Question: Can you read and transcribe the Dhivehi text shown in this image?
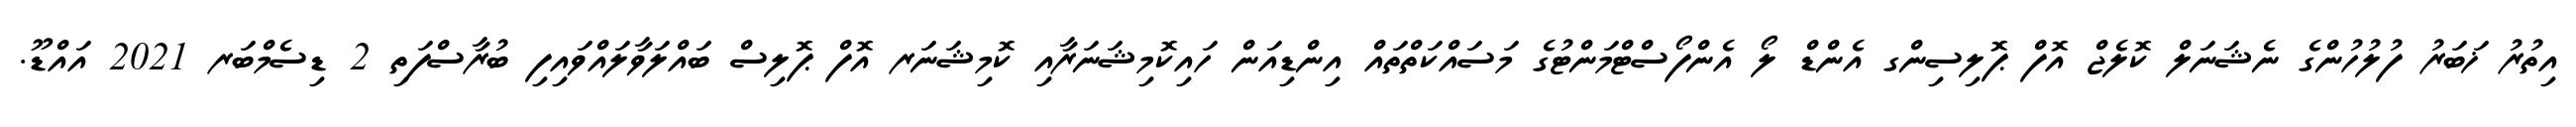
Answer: އިތުރު ޚަބަރު ފުލުހުންގެ ނެޝަނަލް ކޮލެޖް އޮފް ޕޮލިސިންގ އެންޑް ލޯ އެންފޯސްޓްމަންޓުގެ މަސައްކަތްތައް އިންޑިއަން ހައިކޮމިޝަނަރާއި ކޮމިޝަނަރ އޮފް ޕޮލިސް ބައްލަވާލައްވައިފި ބުރާސްފަތި 2 ޑިސެމްބަރ 2021 އައްޑޫ.